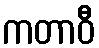
ကတာဝီ